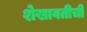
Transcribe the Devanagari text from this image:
शेखावतीची